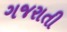
ગજરાતી